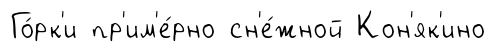
Го́рк'и пр'им'е́рно сн'е́жной Кон'як'ино